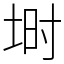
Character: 埘